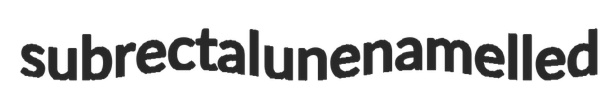
subrectal unenamelled